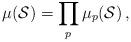
LaTeX: \begin{align*} \mu(\mathcal{S})=\prod_{p}\mu_{p}(\mathcal{S})\,,\end{align*}